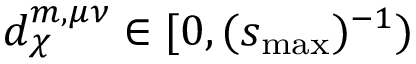
d _ { \chi } ^ { m , \mu \nu } \in [ 0 , ( s _ { \mathrm { m a x } } ) ^ { - 1 } )